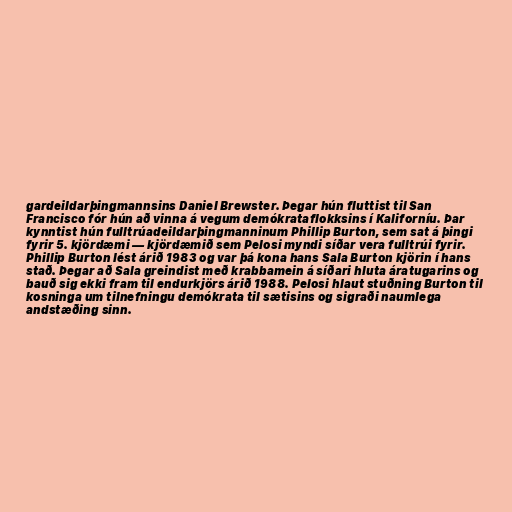
gardeildarþingmannsins Daniel Brewster. Þegar hún fluttist til San
Francisco fór hún að vinna á vegum demókrataflokksins í Kaliforníu. Þar
kynntist hún fulltrúadeildarþingmanninum Phillip Burton, sem sat á þingi
fyrir 5. kjördæmi — kjördæmið sem Pelosi myndi síðar vera fulltrúi fyrir.
Phillip Burton lést árið 1983 og var þá kona hans Sala Burton kjörin í hans
stað. Þegar að Sala greindist með krabbamein á síðari hluta áratugarins og
bauð sig ekki fram til endurkjörs árið 1988. Pelosi hlaut stuðning Burton til
kosninga um tilnefningu demókrata til sætisins og sigraði naumlega
andstæðing sinn.